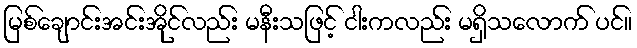
မြစ်ချောင်းအင်းအိုင်လည်း မနီးသဖြင့် ငါးကလည်း မရှိသလောက် ပင်။